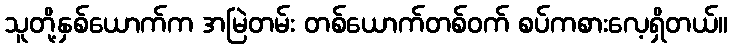
သူတို့နှစ်ယောက်က အမြဲတမ်း တစ်ယောက်တစ်ဝက် စပ်ကစားလေ့ရှိတယ်။